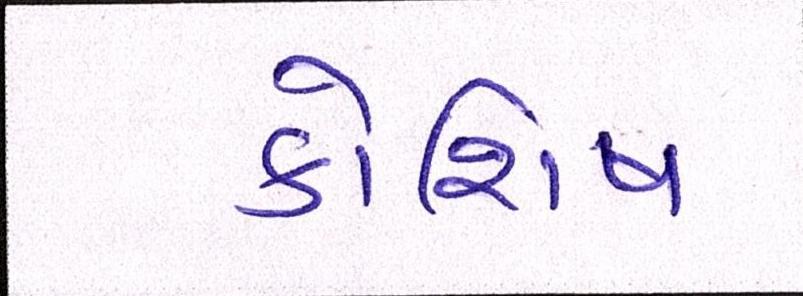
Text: કોશિષ